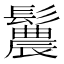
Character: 鬞